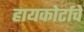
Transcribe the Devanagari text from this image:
हायकोर्टाचे